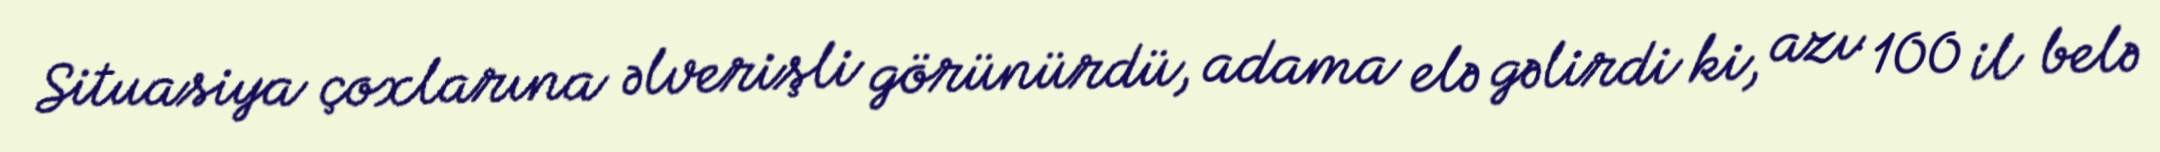
Situasiya çoxlarına əlverişli görünürdü, adama elə gəlirdi ki, azı 100 il belə